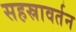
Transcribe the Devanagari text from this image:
सहस्रावर्तन